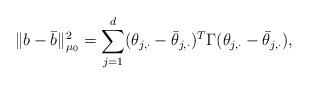
LaTeX: \begin{align*}\|b-\bar{b}\|_{\mu_0}^2 = \sum_{j=1}^d (\theta_{j,\cdot} - \bar{\theta}_{j,\cdot})^T \Gamma (\theta_{j,\cdot} - \bar{\theta}_{j,\cdot}),\end{align*}